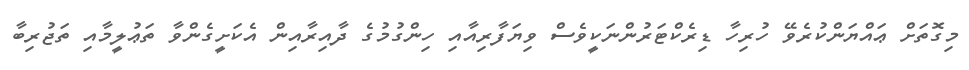
މިގޮތަށް ޢައްޔަންކުރެވޭ ހުރިހާ ޑިރެކްޓަރުންނަކީވެސް ވިޔަފާރިއާއި ހިންގުމުގެ ދާއިރާއިން އެކަށީގެންވާ ތަޢުލީމާއި ތަޖުރިބާ